Regulations for the medical services of the Army of India
Year: 1930
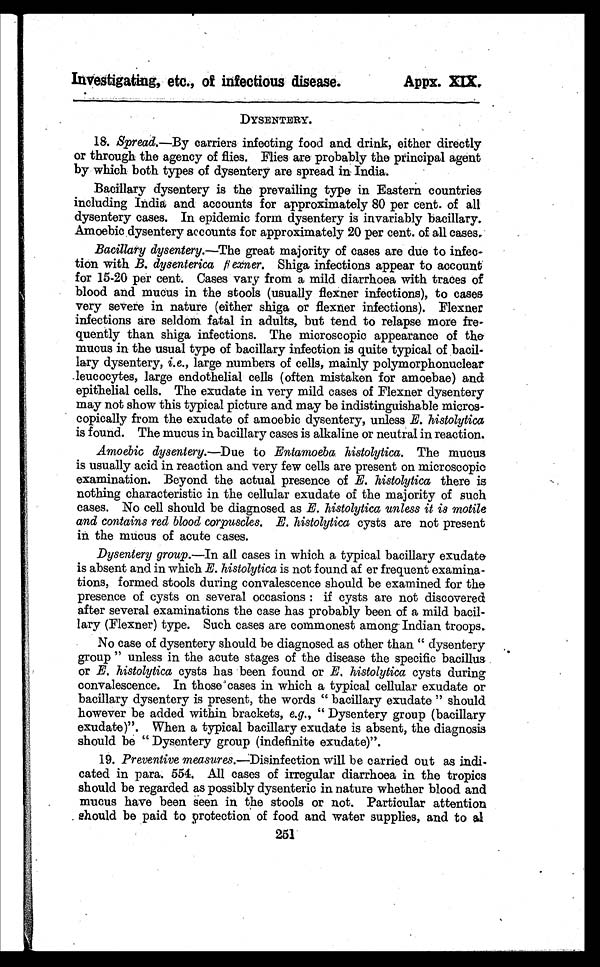
Investigating, etc., of infectious disease.
Appx.XIX
DYSENTERY.
18. Spread.—By carriers infecting food and drink, either directly
or through the agency of flies. Flies are probably the principal agent
by which both types of dysentery are spread in India.
Bacillary dysentery is the prevailing type in Eastern countries
including India and accounts for approximately 80 per cent. of all
dysentery cases. In epidemic form dysentery is invariably bacillary.
Amoebic dysentery accounts for approximately 20 per cent. of all cases.
Bacillary dysentery.—The great majority of cases are due to infec-
tion. with B . dysenterica [ i l l e g i b l e ]
e x n e r
. S h i g a i n f e c t i o n s a p p e a r t o a c c o u n t
for 15-20 per cent. Cases vary from a mild diarrhoea with traces of
blood and mucus in the stools (usually flexner infections), to cases
very severe in nature (either shiga or flexner infections). Flexner
infections are seldom fatal in adults, but tend to relapse more fre-
quently than shiga infections. The microscopic appearance of the
mucus in the usual type of bacillary infection is quite typical of bacil-
lary dysentery, i.e., large numbers of cells, mainly polymorphonuclear
leucocytes, large endothelial cells (often mistaken for amoebae) and
epithelial cells. The exudate in very mild cases of Flexner dysentery
may not show this typical picture and may be indistinguishable micros-
copically from the exudate of amoebic dysentery, unless E. histolytica
is found. The mucus in bacillary cases is alkaline or neutral in reaction.
Amoebic dysentery.—Due to Entamoeba histolytica. The mucus
is usually acid in reaction and very few cells are present on microscopic
examination. Beyond the actual presence of E. histolytica there is
nothing characteristic in the cellular exudate of the majority of such
cases. No cell should be diagnosed as E. histolytica unless it is motile
and contains red blood corpuscles. E . histolytica cysts are not present
in the mucus of acute cases.
Dysentery group.—In all cases in which a typical bacillary exudate
is absent and in which E. histolytica is not found after frequent examina-
tions, formed stools during convalescence should be examined for the
presence of cysts on several occasions : if cysts are not discovered
after several examinations the case has probably been of a mild bacil-
lary (Flexner) type. Such cases are commonest among Indian troops.
No case of dysentery should be diagnosed as other than " dysentery -
group " unless in the acute stages of the disease the specific bacillus
or E. histolytica cysts has been found or E. histolytica cysts during
convalescence. In those 'cases in which a typical cellular exudate or
bacillary dysentery is present, the words " bacillary exudate " should
however be added within brackets, e.g., " Dysentery group (bacillary
exudate)". When a typical bacillary exudate is absent, the diagnosis
should be " Dysentery group (indefinite exudate)".
19. Preventive measures.—Disinfection will be carried out as indi-
cated in para. 554. All cases of irregular diarrhoea in the tropics
should be regarded as possibly dysenteric in nature whether blood and
mucus have been seen in the stools or not. Particular attention
should be paid to protection of food and water supplies, and to al
251